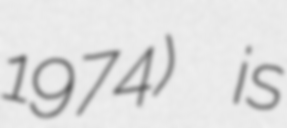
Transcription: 1974) is